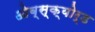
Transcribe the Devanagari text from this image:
ओब्स्क्योर्ड